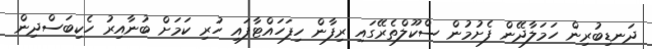
ދަނޑިބުރިން ހަމަލާދޭން ފެށުމުން ސްކޫލްތެރޭގައި ރިފާން ހިފަހައްޓާފައި ހުރި ކަމަށް ބުނާއިރު ހެކިބަސްދިން